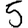
Digit: 5